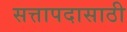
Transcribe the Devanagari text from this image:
सत्तापदासाठी